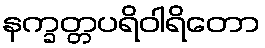
နက္ခတ္တပရိဝါရိတော